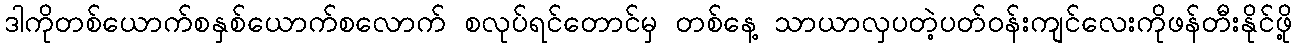
ဒါကိုတစ်ယောက်စနှစ်ယောက်စလောက် စလုပ်ရင်တောင်မှ တစ်နေ့ သာယာလှပတဲ့ပတ်ဝန်းကျင်လေးကိုဖန်တီးနိုင်ဖို့